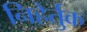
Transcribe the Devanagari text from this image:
निहेर्तुक